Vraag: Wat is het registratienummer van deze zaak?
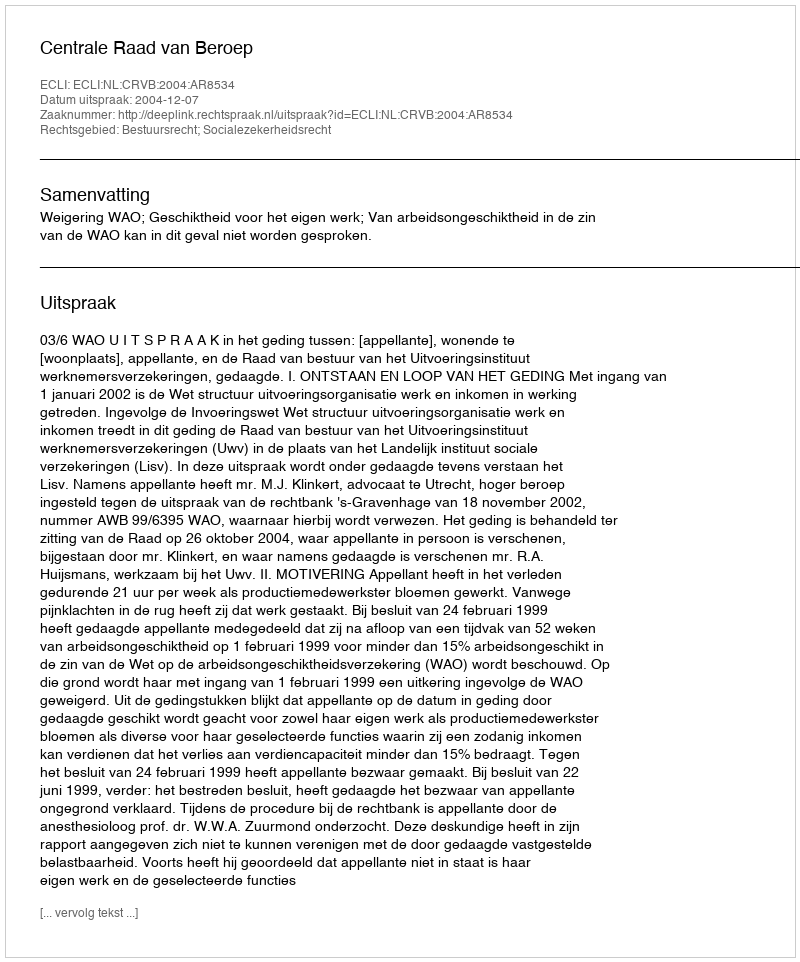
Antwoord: http://deeplink.rechtspraak.nl/uitspraak?id=ECLI:NL:CRVB:2004:AR8534